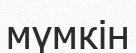
мүмкін